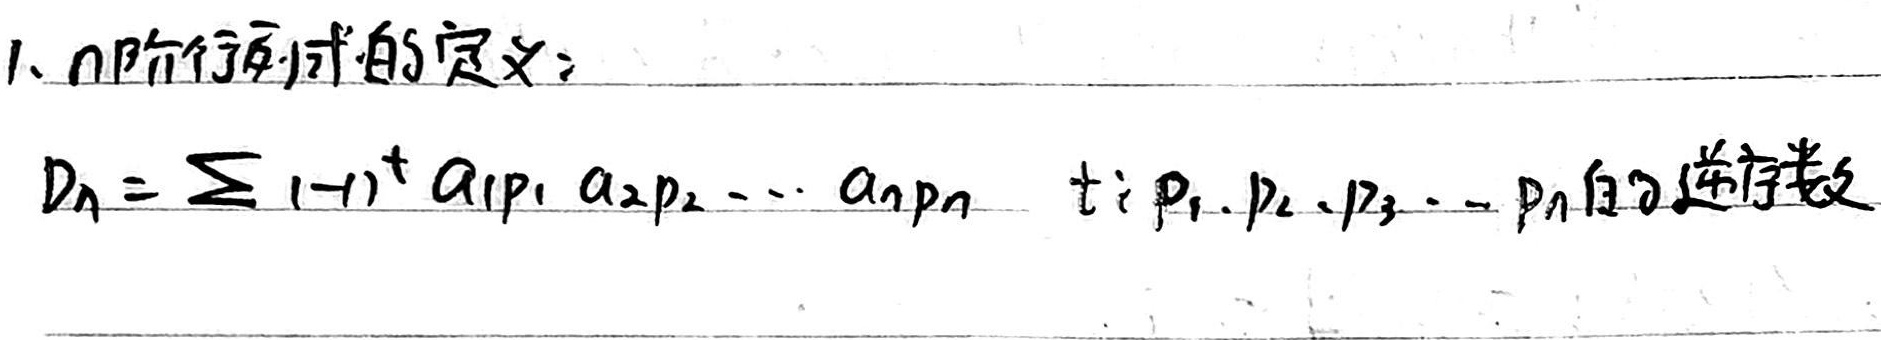
1. \(n\)阶行列式的定义：\(D_{n}=\sum (- 1)^{t}a_{1p_{1}}a_{2p_{2}}\cdots a_{np_{n}}\)。\(t\)为\(p_{1},p_{2},p_{3},\cdots,p_{n}\)的逆序数。